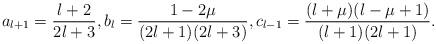
LaTeX: \begin{align*}a_{l+1}=\displaystyle\frac{l+2}{2l+3},b_l=\displaystyle\frac{1-2\mu}{(2l+1)(2l+3)},c_{l-1}=\displaystyle\frac{(l+\mu)(l-\mu+1)}{(l+1)(2l+1)}.\end{align*}